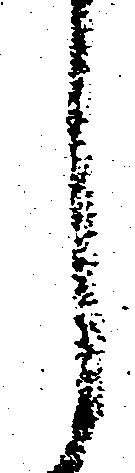
し